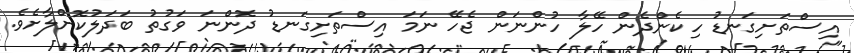
އިސްތަށިގަނޑު ހިކެންދެން ހޭލާ ހުންނަން ޖެހޭ ނަމަ އިސްތަށިގަނޑު ދޮންނަ ވަގުތު ބަދަލުކޮށްލާށެވެ.